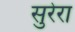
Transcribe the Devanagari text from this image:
सुरेरा